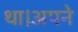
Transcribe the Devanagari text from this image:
था।अपने